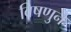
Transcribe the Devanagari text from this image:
विषणुने